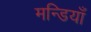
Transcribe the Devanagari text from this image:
मन्डियाँ